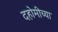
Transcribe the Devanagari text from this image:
दहोमीच्या